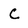
Character: C